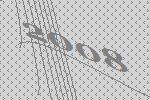
2008